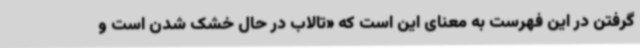
گرفتن در این فهرست به معنای این است که «تالاب در حال خشک شدن است و